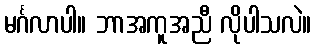
မင်္ဂလာပါ။ ဘာအကူအညီ လိုပါသလဲ။